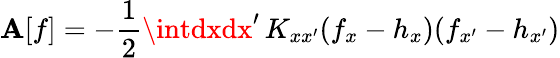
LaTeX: \mathbf{A}[f]=-\frac{{1}}{{2}}\intdxdx^{\prime}\, K_{xx^{\prime}}(f_{x}-h_{x})(f_{x^{\prime}}-h_{x^{\prime}})